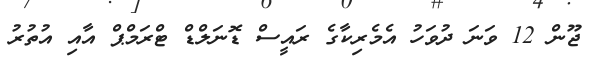
ޖޫން 12 ވަނަ ދުވަހު އެމެރިކާގެ ރައީސް ޑޮނަލްޑް ޓްރަމްޕް އާއި އުތުރު